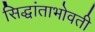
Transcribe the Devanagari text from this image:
सिद्धांताभोवती